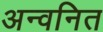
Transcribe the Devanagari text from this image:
अन्वनित